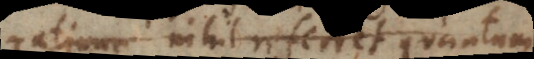
ratione nihil referret quantum